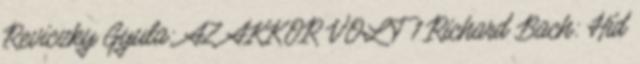
Reviczky Gyula: AZ AKKOR VOLT 1 Richard Bach: Híd